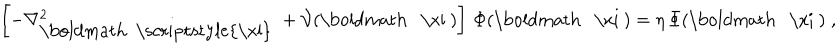
\left[ - \nabla _ { \mathrm { \boldmath ~ \scriptstyle { \ x i } ~ } } ^ { 2 } + { \mathcal V } ( \mathrm { \boldmath ~ \ x i ~ } ) \right] \, \Phi ( \mathrm { \boldmath ~ \ x i ~ } ) = \eta \, \Phi ( \mathrm { \boldmath ~ \ x i ~ } ) \; ,